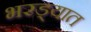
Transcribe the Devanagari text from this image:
भरड्यात